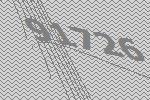
91726